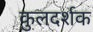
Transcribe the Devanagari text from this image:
कुलदर्शक